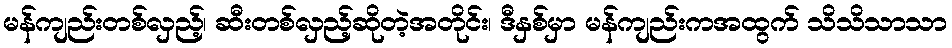
မန်ကျည်းတစ်လှည့်၊ ဆီးတစ်လှည့်ဆိုတဲ့အတိုင်း၊ ဒီနှစ်မှာ မန်ကျည်းကအထွက် သိသိသာသာ